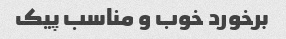
برخورد خوب و مناسب پیک